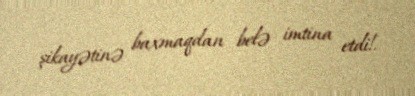
şikayətinə baxmaqdan belə imtina etdi!.